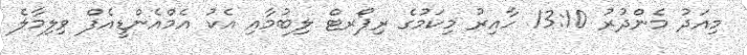
މިއަދު މެންދުރު 13:10 ހާއިރު މިކަމުގެ ރިޕޯރޓް ލިބުމާއި އެކު އެމްއެންޑީއެފް ވިލިމާލެ